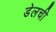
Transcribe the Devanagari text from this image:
डेलची